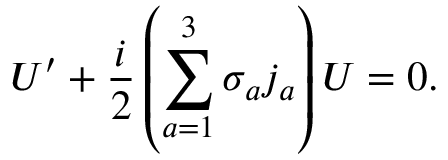
{ \cal U } ^ { \prime } + { \frac { i } { 2 } } \left( \sum _ { a = 1 } ^ { 3 } \sigma _ { a } j _ { a } \right) { \cal U } = 0 .